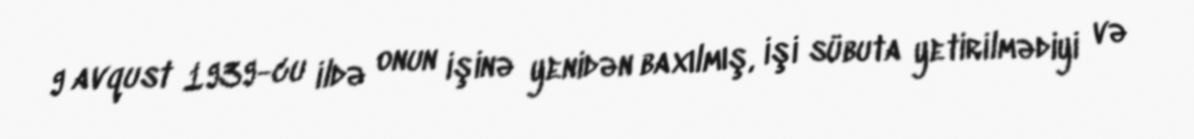
9 avqust 1939-cu ildə onun işinə yenidən baxılmış, işi sübuta yetirilmədiyi və